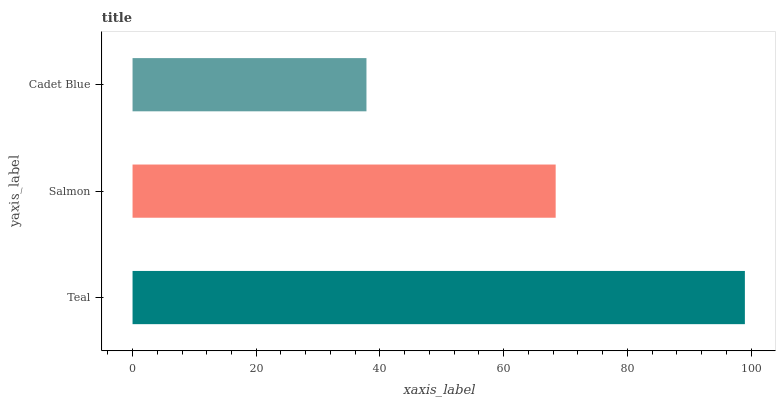
| yaxis_label | bars |
 | --- | --- |
 | Teal | 99 |
 | Salmon | 68.4 |
 | Cadet Blue | 37.8 |